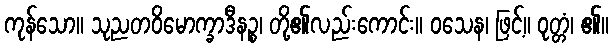
ကုန်သော။ သုညတဝိမောက္ခာဒီနဉ္စ၊ တို့၏လည်းကောင်း။ ဝသေန၊ ဖြင့်။ ဝုတ္တံ၊ ၏။